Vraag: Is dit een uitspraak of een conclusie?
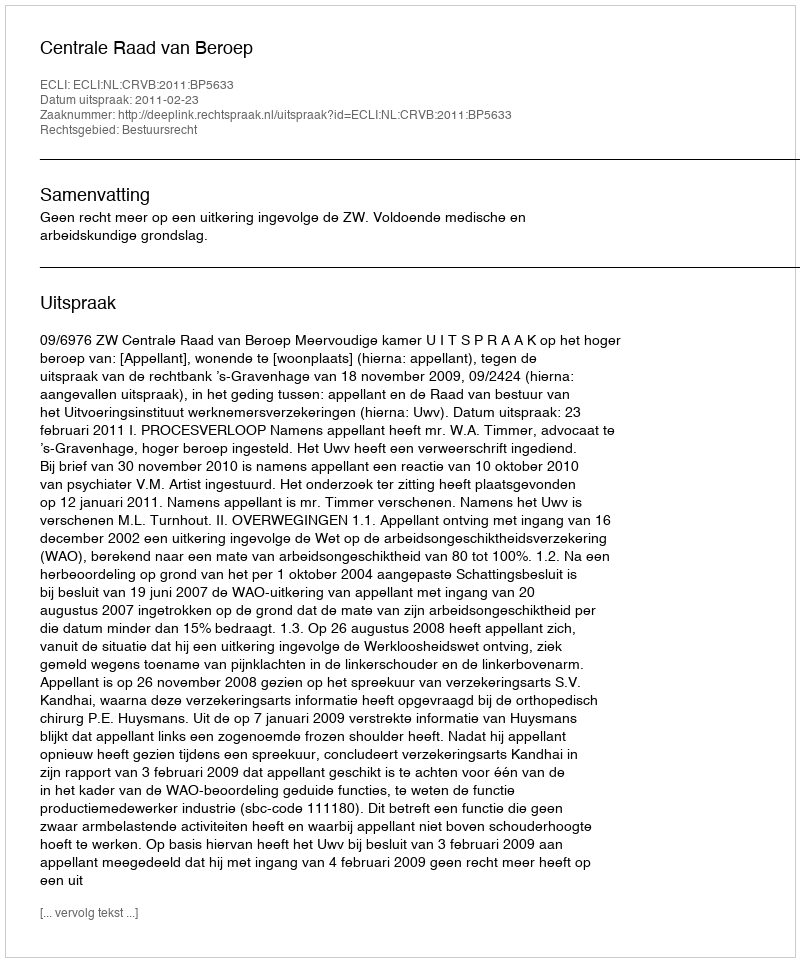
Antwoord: Uitspraak